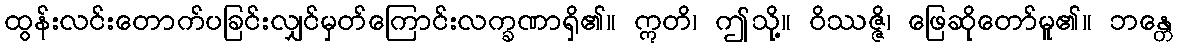
ထွန်းလင်းတောက်ပခြင်းလျှင်မှတ်ကြောင်းလက္ခဏာရှိ၏။ ဣတိ၊ ဤသို့။ ဝိဿဇ္ဇိ၊ ဖြေဆိုတော်မူ၏။ ဘန္တေ